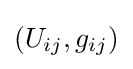
(U_{ij},g_{ij})